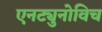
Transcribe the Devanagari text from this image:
एनट्युनोविच